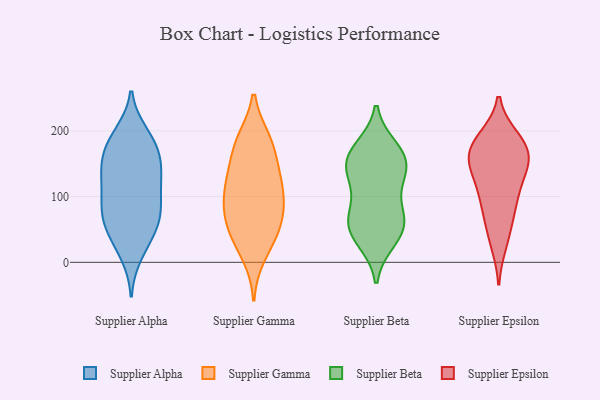
{"axis": {"x": "Demand Index", "y": "Value"}, "legend": ["Supplier Alpha", "Supplier Beta", "Supplier Epsilon", "Supplier Gamma"], "data": [{"x": "", "y": 125, "type": "Supplier Alpha"}, {"x": "", "y": 150, "type": "Supplier Alpha"}, {"x": "", "y": 71, "type": "Supplier Alpha"}, {"x": "", "y": 83, "type": "Supplier Alpha"}, {"x": "", "y": 129, "type": "Supplier Alpha"}, {"x": "", "y": 191, "type": "Supplier Alpha"}, {"x": "", "y": 69, "type": "Supplier Alpha"}, {"x": "", "y": 13, "type": "Supplier Alpha"}, {"x": "", "y": 137, "type": "Supplier Alpha"}, {"x": "", "y": 66, "type": "Supplier Alpha"}, {"x": "", "y": 170, "type": "Supplier Alpha"}, {"x": "", "y": 169, "type": "Supplier Alpha"}, {"x": "", "y": 29, "type": "Supplier Alpha"}, {"x": "", "y": 61, "type": "Supplier Alpha"}, {"x": "", "y": 142, "type": "Supplier Alpha"}, {"x": "", "y": 42, "type": "Supplier Alpha"}, {"x": "", "y": 195, "type": "Supplier Alpha"}, {"x": "", "y": 99, "type": "Supplier Alpha"}, {"x": "", "y": 182, "type": "Supplier Alpha"}, {"x": "", "y": 102, "type": "Supplier Alpha"}, {"x": "", "y": 186, "type": "Supplier Gamma"}, {"x": "", "y": 98, "type": "Supplier Gamma"}, {"x": "", "y": 42, "type": "Supplier Gamma"}, {"x": "", "y": 186, "type": "Supplier Gamma"}, {"x": "", "y": 179, "type": "Supplier Gamma"}, {"x": "", "y": 57, "type": "Supplier Gamma"}, {"x": "", "y": 122, "type": "Supplier Gamma"}, {"x": "", "y": 93, "type": "Supplier Gamma"}, {"x": "", "y": 131, "type": "Supplier Gamma"}, {"x": "", "y": 80, "type": "Supplier Gamma"}, {"x": "", "y": 117, "type": "Supplier Gamma"}, {"x": "", "y": 66, "type": "Supplier Gamma"}, {"x": "", "y": 38, "type": "Supplier Gamma"}, {"x": "", "y": 152, "type": "Supplier Gamma"}, {"x": "", "y": 11, "type": "Supplier Gamma"}, {"x": "", "y": 130, "type": "Supplier Beta"}, {"x": "", "y": 141, "type": "Supplier Beta"}, {"x": "", "y": 152, "type": "Supplier Beta"}, {"x": "", "y": 164, "type": "Supplier Beta"}, {"x": "", "y": 73, "type": "Supplier Beta"}, {"x": "", "y": 163, "type": "Supplier Beta"}, {"x": "", "y": 52, "type": "Supplier Beta"}, {"x": "", "y": 34, "type": "Supplier Beta"}, {"x": "", "y": 173, "type": "Supplier Beta"}, {"x": "", "y": 42, "type": "Supplier Beta"}, {"x": "", "y": 120, "type": "Supplier Beta"}, {"x": "", "y": 67, "type": "Supplier Beta"}, {"x": "", "y": 67, "type": "Supplier Beta"}, {"x": "", "y": 180, "type": "Supplier Epsilon"}, {"x": "", "y": 100, "type": "Supplier Epsilon"}, {"x": "", "y": 151, "type": "Supplier Epsilon"}, {"x": "", "y": 140, "type": "Supplier Epsilon"}, {"x": "", "y": 169, "type": "Supplier Epsilon"}, {"x": "", "y": 149, "type": "Supplier Epsilon"}, {"x": "", "y": 130, "type": "Supplier Epsilon"}, {"x": "", "y": 91, "type": "Supplier Epsilon"}, {"x": "", "y": 30, "type": "Supplier Epsilon"}, {"x": "", "y": 184, "type": "Supplier Epsilon"}, {"x": "", "y": 167, "type": "Supplier Epsilon"}, {"x": "", "y": 188, "type": "Supplier Epsilon"}, {"x": "", "y": 49, "type": "Supplier Epsilon"}, {"x": "", "y": 83, "type": "Supplier Epsilon"}]}